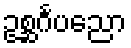
ဥစ္ဆင်္ဂပညော